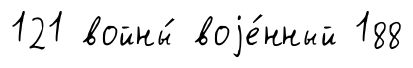
121 войны́ воjе́нный 188